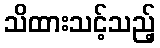
သိထားသင့်သည့်